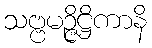
သဗ္ဗမဉ္ဇိဋ္ဌိကာနိ